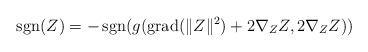
LaTeX: \begin{align*}\operatorname{sgn}(Z)=-\operatorname{sgn}(g(\operatorname{grad}(\|Z\|^{2})+2\nabla_{Z}Z,2\nabla_{Z}Z))\end{align*}